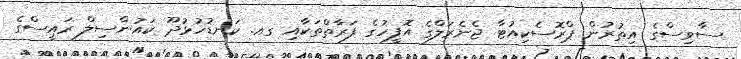
ސާވިސްގެ އިތުރުން ޕްރޮސެކިއުޓާ ޖެނެރަލްގެ އޮފީހުގެ ފަރާތްތަކާއި ގއ. ކަނޑުހުޅުދޫ ކައުންސިލް ރައީސްގެ